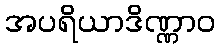
အပရိယာဒိဏ္ဏာဝ